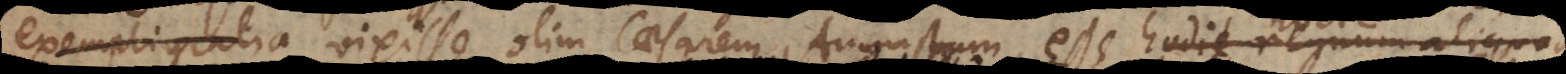
negaretur vixisse olim Caesarem Augustum, esse hodie regnum aliquod